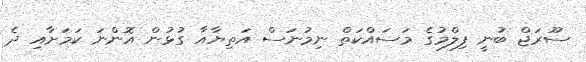
ސޫރަޖް ބުނީ ފިލްމުގެ މަސައްކަތް ނިމުނަސް އަތިޔާއާ ގުޅުން އޮންނަ ކަމަށާއި ދެ